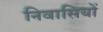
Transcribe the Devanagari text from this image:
निवासियों